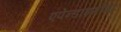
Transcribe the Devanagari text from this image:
एपेन्डाइमोमा